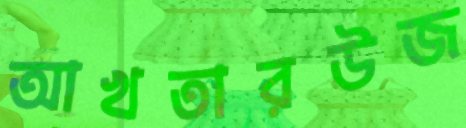
আখতারউজ